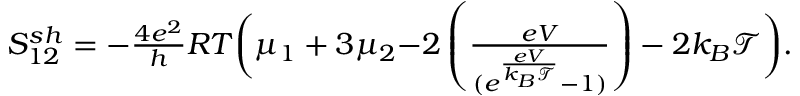
\begin{array} { r } { { S _ { 1 2 } ^ { s h } = - \frac { 4 e ^ { 2 } } { h } R T \bigg ( \mu _ { 1 } + 3 \mu _ { 2 } } { - 2 \left( \frac { e V } { ( e ^ { \frac { e V } { k _ { B } \mathcal { T } } } - 1 ) } \right) - 2 k _ { B } \mathcal { T } \bigg ) } . } \end{array}